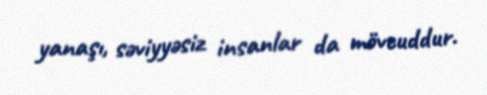
yanaşı, səviyyəsiz insanlar da mövcuddur.